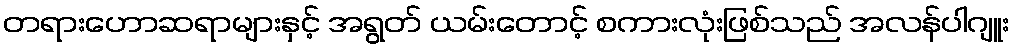
တရားဟောဆရာများနှင့် အရွတ် ယမ်းတောင့် စကားလုံးဖြစ်သည် အလန်ပါဂျူး